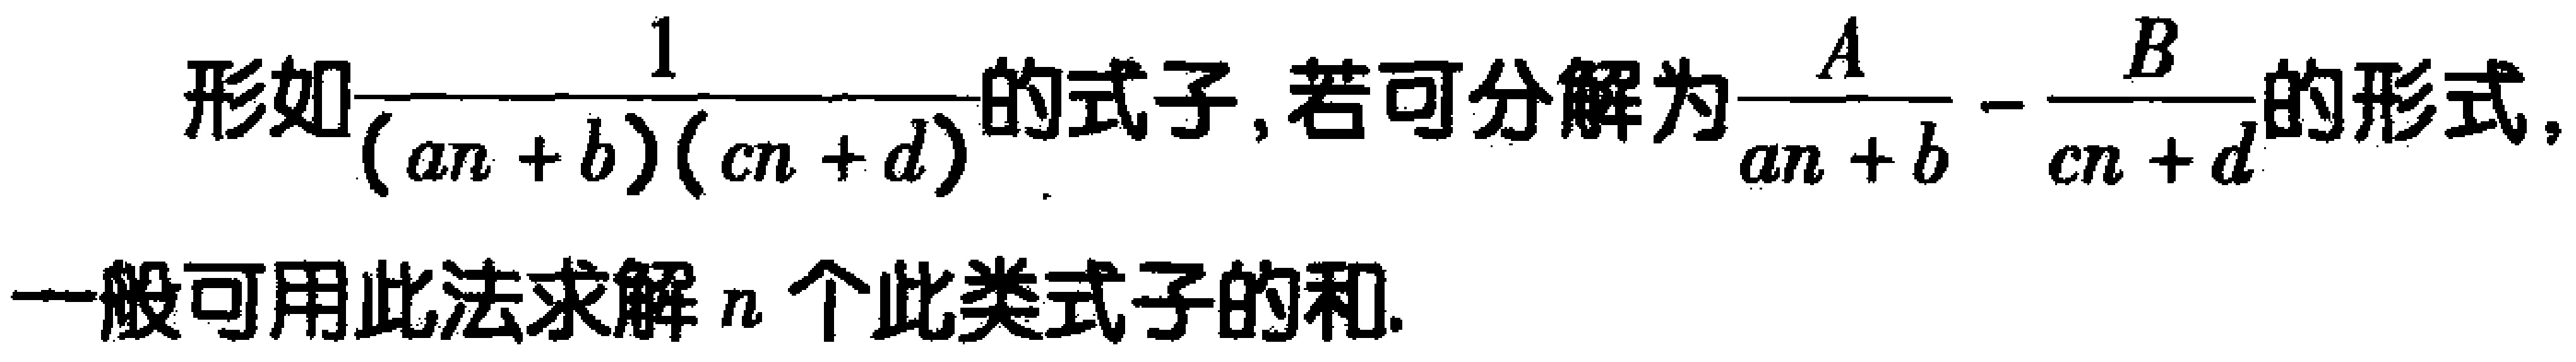
形如$\frac{1}{(an + b)(cn + d)}$的式子，若可分解为$\frac{A}{an + b} - \frac{B}{cn + d}$的形式，一般可用此法求解$n$个此类式子的和.